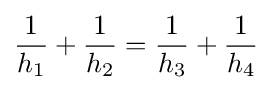
{\frac {1}{h_{1}}}+{\frac {1}{h_{2}}}={\frac {1}{h_{3}}}+{\frac {1}{h_{4}}}